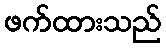
ဖက်ထားသည်